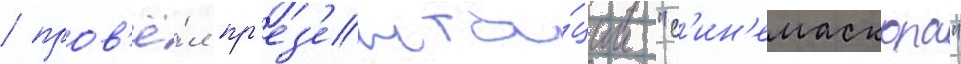
/ пров'ё́л пр'ез'ента́ции "с'ин'емаскопа"